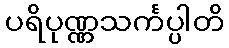
ပရိပုဏ္ဏသင်္ကပ္ပါတိ